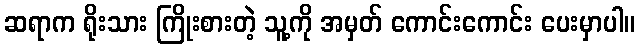
ဆရာက ရိုးသား ကြိုးစားတဲ့ သူ့ကို အမှတ် ကောင်းကောင်း ပေးမှာပါ။